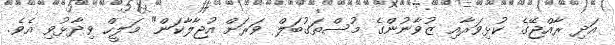
އަދި ރާއްޖޭގެ ކުޅިވަރާއި ޒުވާނުންގެ މުސްތަގުބަލް ވަރަށް އުޖާލާކަން" މަލީހް ވިދާޅުވި އެވެ.